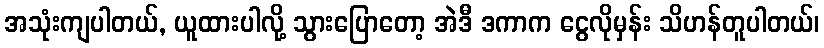
အသုံးကျပါတယ်, ယူထားပါလို့ သွားပြောတော့ အဲဒီ ဒကာက ငွေလိုမှန်း သိဟန်တူပါတယ်၊